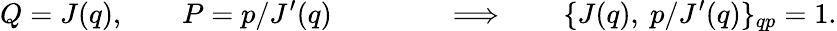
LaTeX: Q=J(q),\qquad P=p/J^{\prime}(q)\qquad\qquad\Longrightarrow\qquad\{ J(q),~p/J^{\prime}(q)\} _{qp}=1.